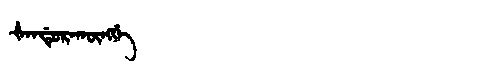
Manchu: ᡧᠠᠨᡩᡠᡵᠠᡴᡡᠩᡤᡝ
Romanization: ŠANDURAKŪNGGE